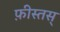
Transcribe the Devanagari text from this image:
फ़ीस्तस्